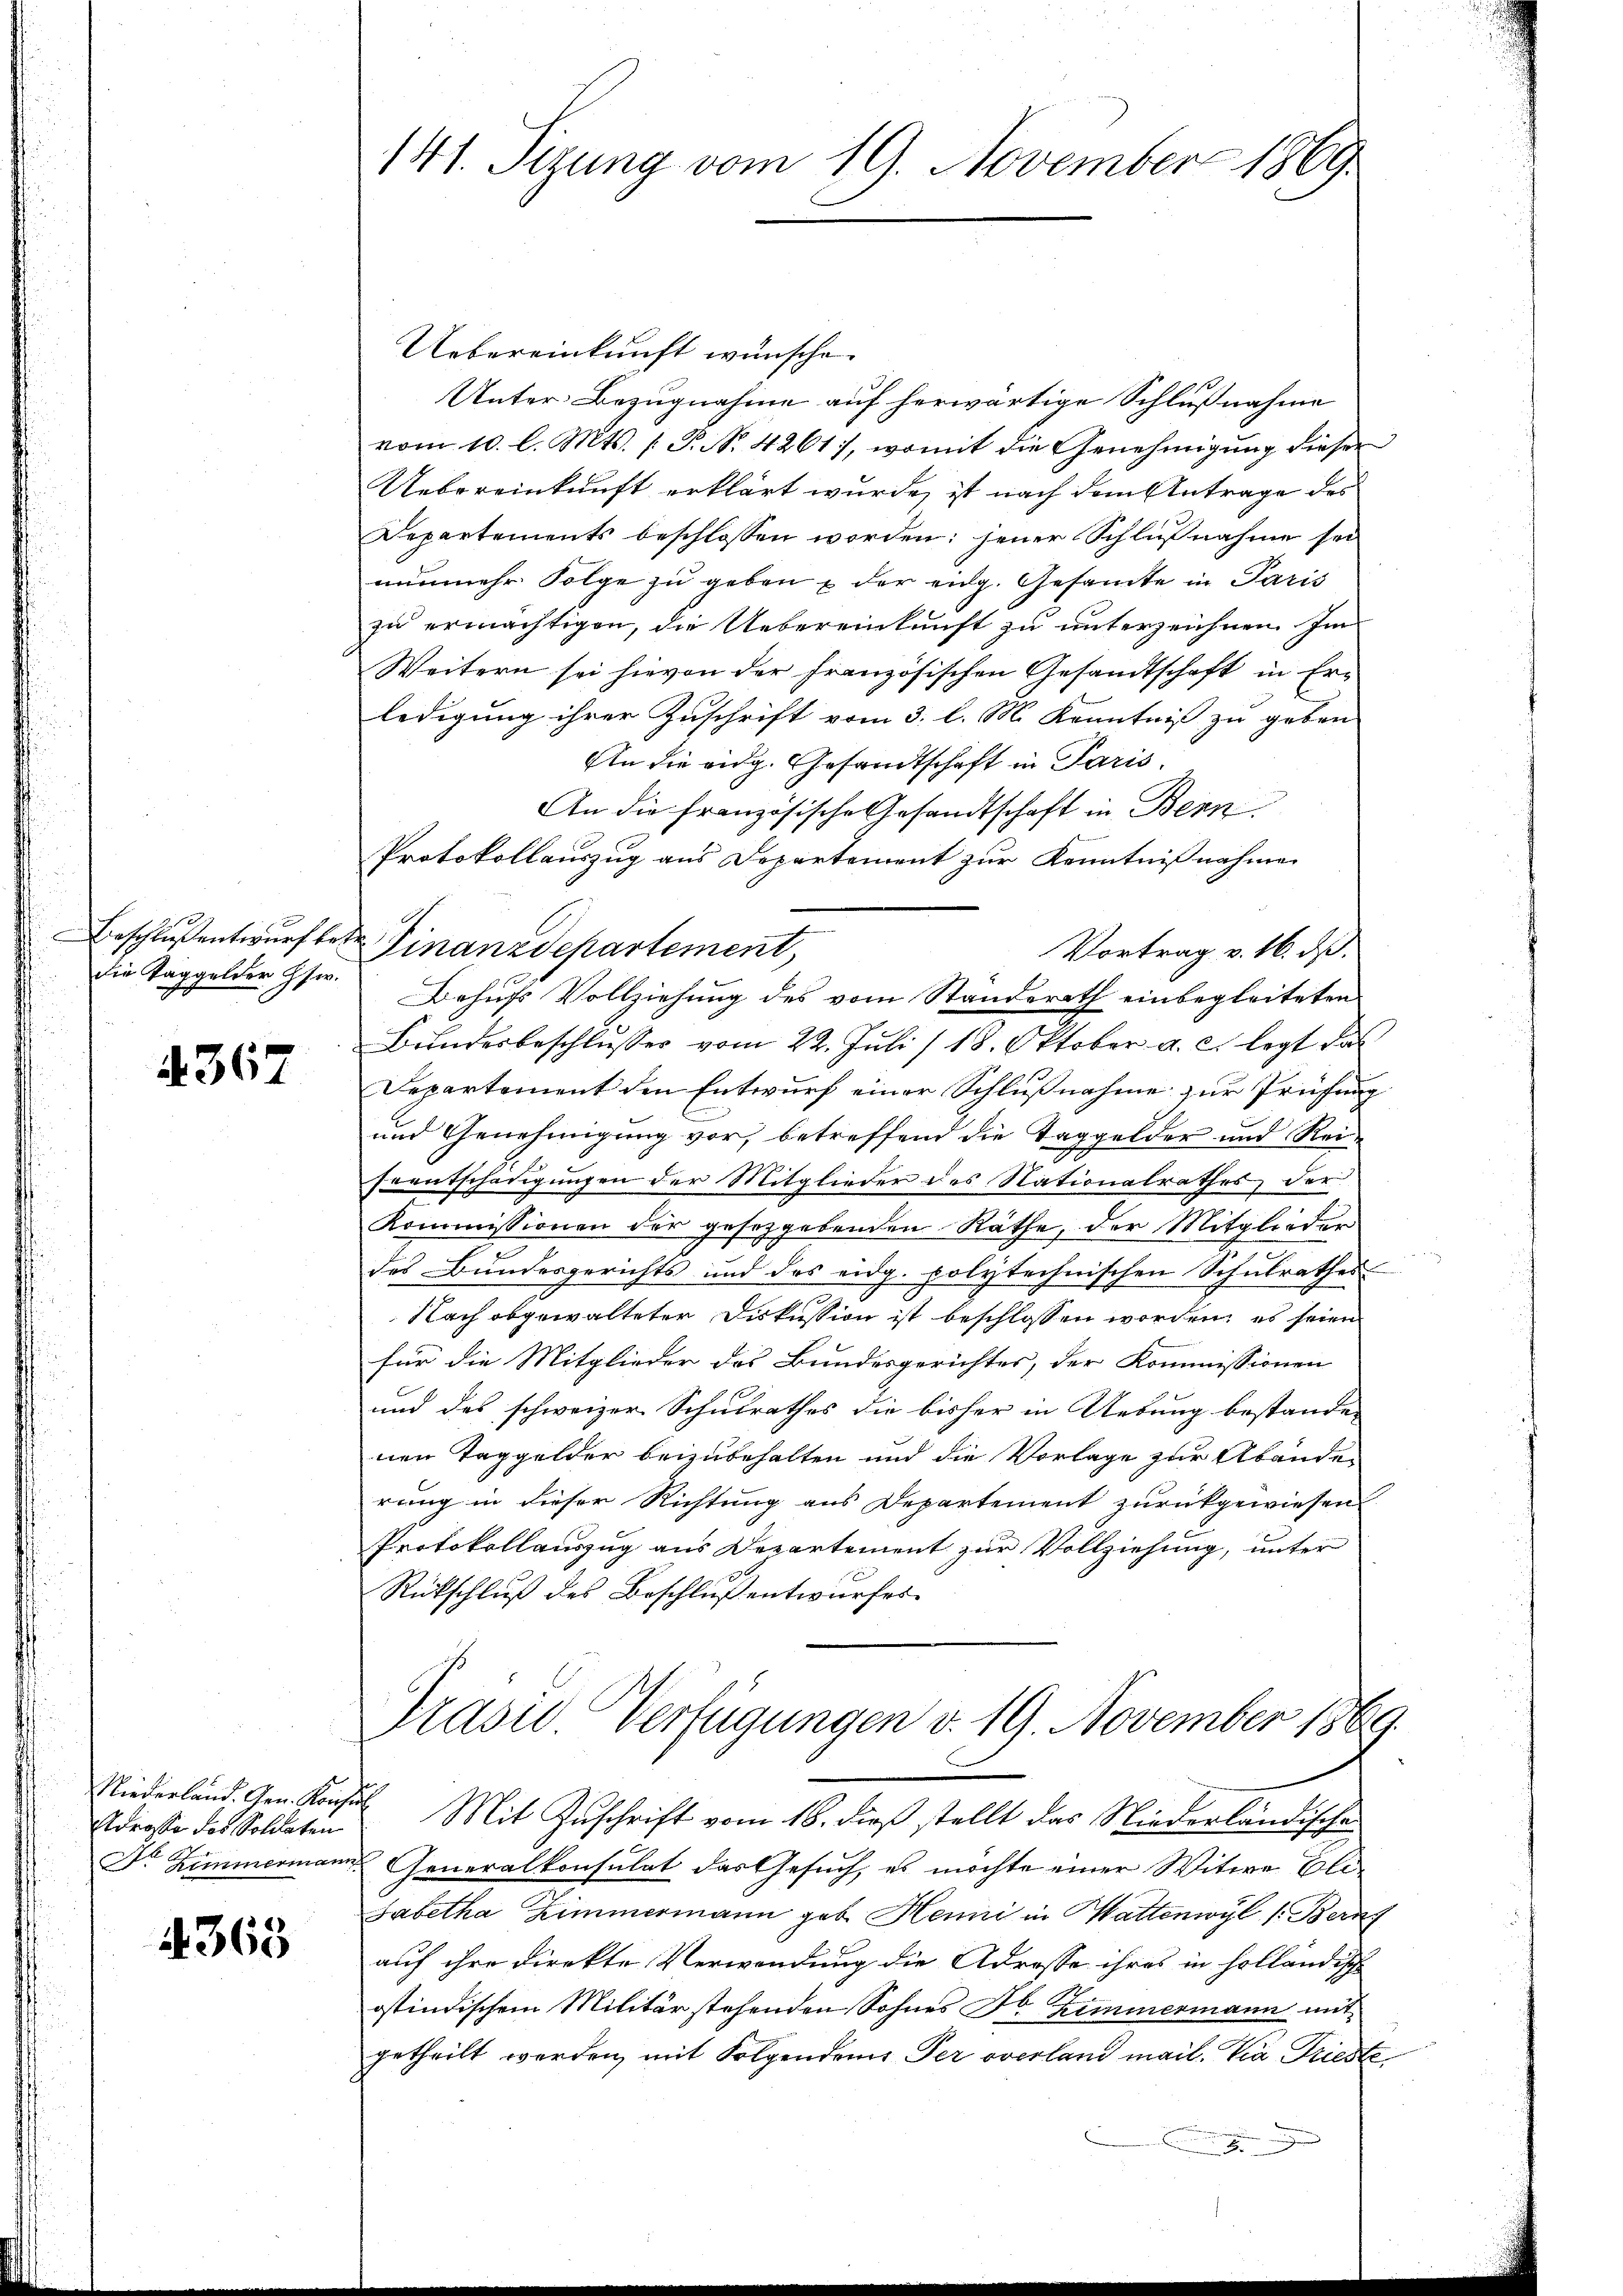
die Taggelder Hs.

4367

Uebereinkunft wünsche
Unter Bezugnahme auf herwärtige Schlußnahme
vom 10. l. Mts. 1 P. N. 4261), womit die Genehmigung dieser
Uebereinkunft erklärt wurde, ist nach dem Antrage des
Departements beschlossen worden: jener Schlußnahme sei
nunmehr Folge zu geben & der eidg. Gesamte in Paris
zu ermächtigen, die Uebereinkunft zu unterzeichnen. Im
Weitern sei hievon der französischen Gesandtschaft in Erledigung ihrer Zuschrift vom 3. l. M. Kenntniß zu geben
An die eidg. Gesandtschaft in Paris.
An die französische Gesandtschaft in Benn
Protokollauszug aus Departement zur Kenntnißnahme
Beschluß entwurf betr. Finanzdepartement,
Vortrag v. 16. ds.
Behufs Vollziehung des vom Standerath einbegleiteten
Bundesbeschlŭsses vom 22. Juli / 18. Oktober a. c. legt das
Departement den Entwurf einer Schlußnahme zur Prüfung
und Genehmigung vor, betreffend die Taggelder und Rei¬
Erentschädigungen der Mitglieder des Nationalrathes der
Kommissionen der gesetzgebenden Räthe, der Mitglieder
des Bundesgerichts und des eidg. polytechnischen Schulrathes
Nach abgewalteter Diskussion ist beschlossen worden; es seien
für die Mitglieder des Bundesgerichtes, der Kommissionen
und des schweizer Schulrathes die bisher in Uebung bestanden
nen Taggelder beizubehalten und die Vorlage zur Abänden
rung in dieser Richtung aus Departement zurückgewiesen.
Protokollauszug aus Departement zur Vollziehung, unter
Rückschluß des Beschluß entwurfes

Adrosse des Soldaten

4363

141. Sizung vom 19. November 1869

Präsid. Verfügungen v. 19. November 1869.
e

Niederland. G. K. Mit Zuschrift vom 16. dieß stellt das Niederländische
Dr Zimmermann Generalkonsulat das Gesuch, es möchte einer Witwe Eli¬
Sabetha Zimmermann geb. Henni in Mattenwyl (Bern
auf ihre direkte Verwendung die Adrosse ihres in holländische
ostindischem Militärstehenden Sohnes H. Zimmermann mit
getheilt werden, mit Folgendem Peroverland mail. Via Triestee